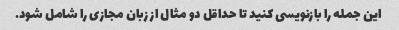
این جمله را بازنویسی کنید تا حداقل دو مثال از زبان مجازی را شامل شود.